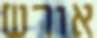
אורש